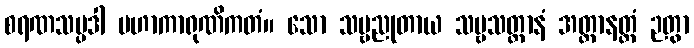
စရဏသမ္ပဒါ မဟာကာရုဏိကတံ။ သော သဗ္ဗညုတာယ သဗ္ဗသတ္တာနံ အတ္ထာနတ္ထံ ဉတွာ